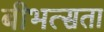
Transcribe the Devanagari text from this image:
बीभत्सता